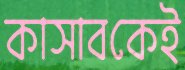
কাসাবকেই